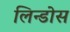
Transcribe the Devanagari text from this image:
लिन्डोस